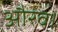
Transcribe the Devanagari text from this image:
औरव।